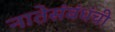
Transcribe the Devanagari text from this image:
नातेसंबंधंची